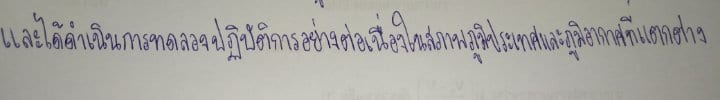
และได้ดำเนินการทดลองปฏิบัติการอย่างต่อเนื่องในสภาพภูมิประเทศและภูมิอากาศที่แตกต่าง